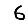
Digit: 6